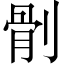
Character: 𠞡